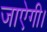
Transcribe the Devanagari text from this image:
जाऐगी।